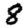
Digit: 8